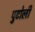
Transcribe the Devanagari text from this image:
पुटोली